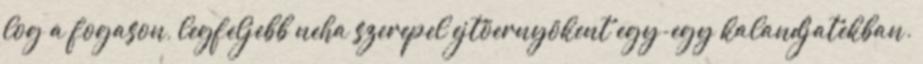
log a fogason, legfeljebb neha szerepel ejtöernyökent egy-egy kalandjatekban.